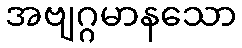
အဗျဂ္ဂမာနသော